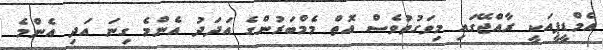
އެމްޑީޕީއަކީ ރާއްޖޭގައި މިވަގުތުވެސް އޮތް މެމްބަރުންގެ އަދަދު އެންމެ ގިނަ އަދި އެންމެ